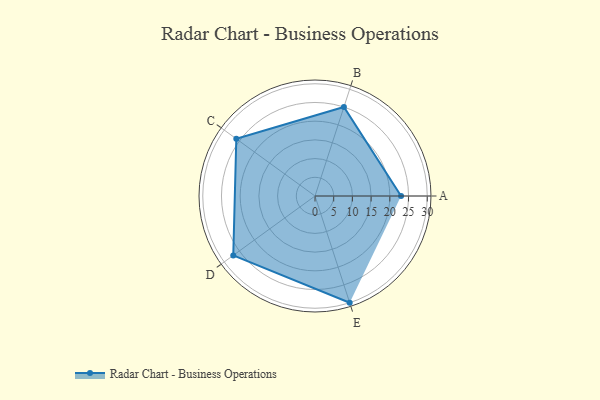
{"axis": {"x": "Skill", "y": "Score"}, "legend": ["Profile"], "data": [{"x": "A", "y": 23.0, "type": "Profile"}, {"x": "B", "y": 25.0, "type": "Profile"}, {"x": "C", "y": 26.0, "type": "Profile"}, {"x": "D", "y": 27.0, "type": "Profile"}, {"x": "E", "y": 30.0, "type": "Profile"}]}